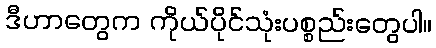
ဒီဟာတွေက ကိုယ်ပိုင်သုံးပစ္စည်းတွေပါ။